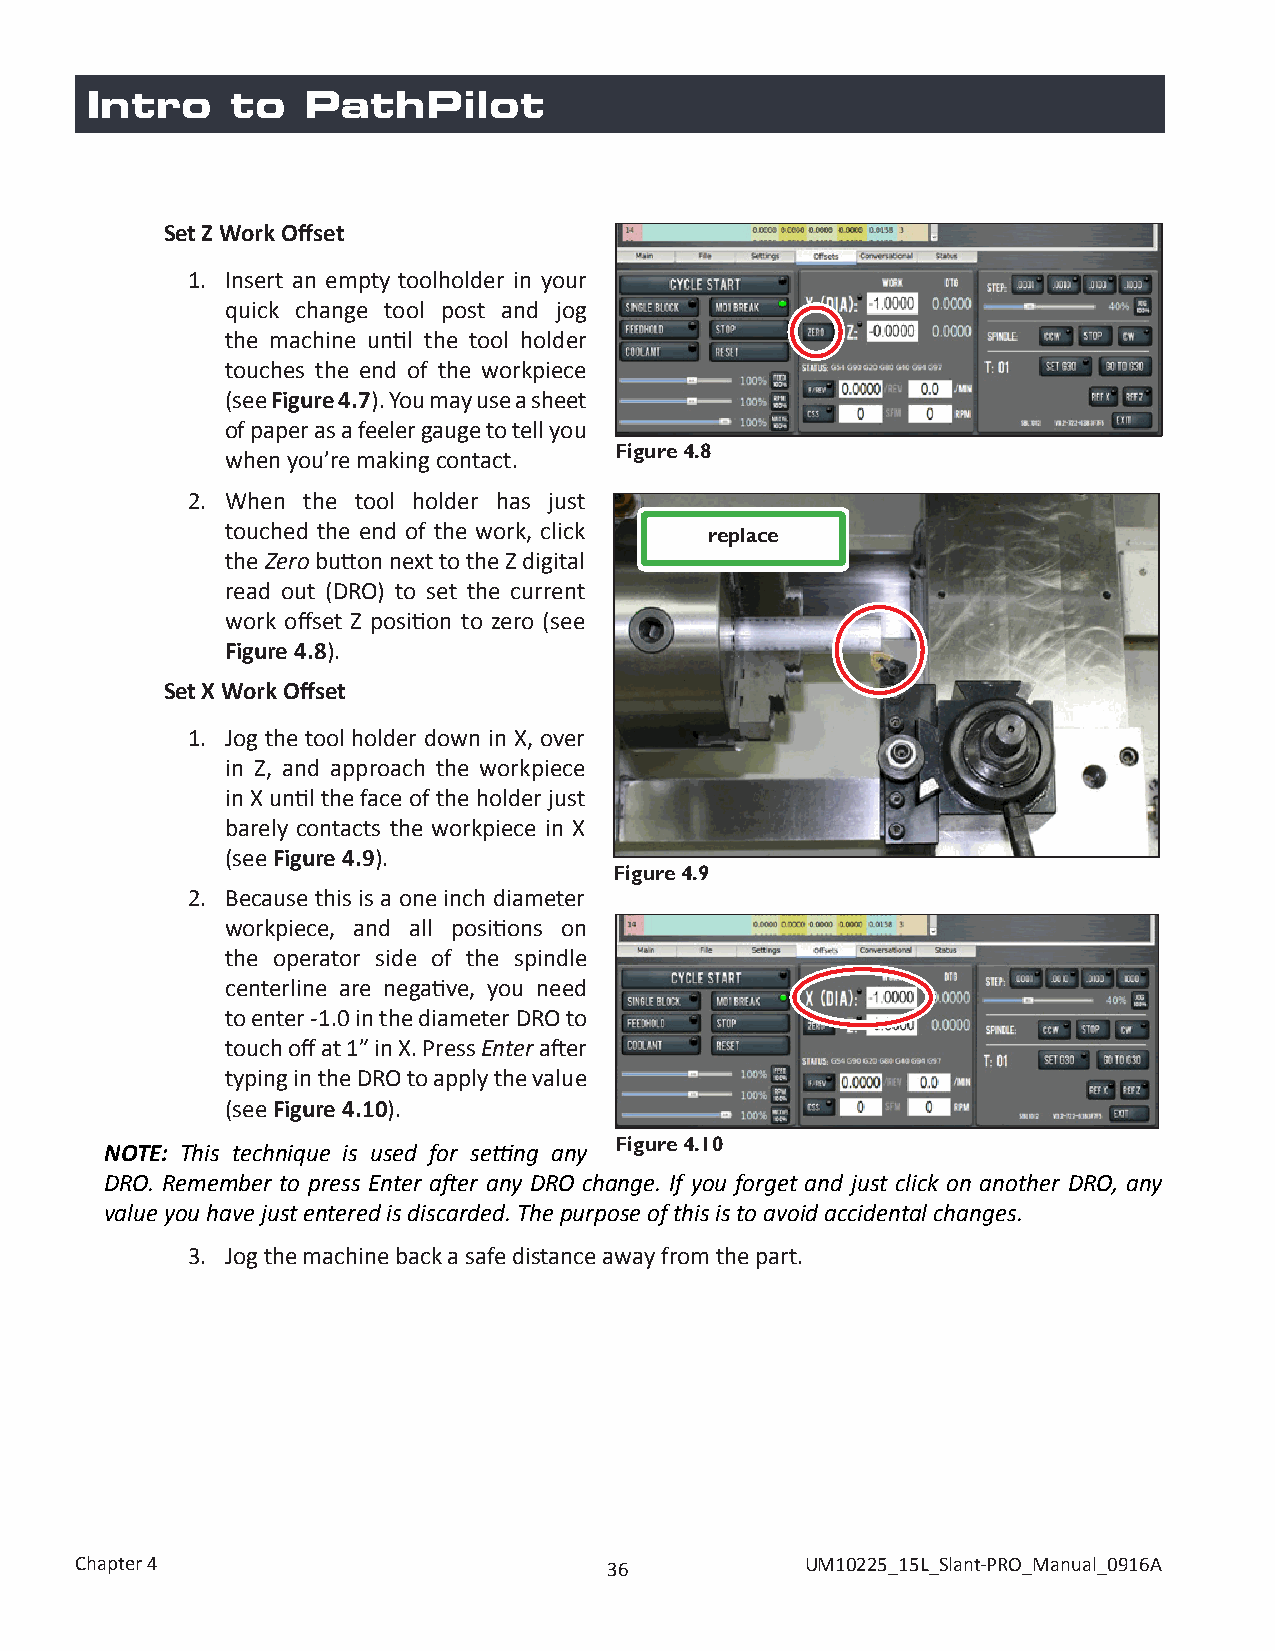
Intro    to   PathPilot
 Set Z Work Offset
 1. Insert an empty toolholder in your
 quick change tool post and jog
 the machine until the tool holder
 touches the end of the workpiece
 (see Figure 4.7). You may use a sheet
 of paper as a feeler gauge to tell you
 Figure 4.8
 when you’re making contact.
 2. When the tool holder has just
 touched the end of the work, click replace
 the Zero button next to the Z digital
 read out (DRO) to set the current
 work offset Z position to zero (see
 Figure 4.8).
 Set X Work Offset
 1. Jog the tool holder down in X, over
 in Z, and approach the workpiece
 in X until the face of the holder just
 barely contacts the workpiece in X
 (see Figure 4.9).
 Figure 4.9
 2. Because this is a one inch diameter
 workpiece, and all positions on
 the operator side of the spindle
 centerline are negative, you need
 to enter -1.0 in the diameter DRO to
 touch off at 1” in X. Press Enter after
 typing in the DRO to apply the value
 (see Figure 4.10).
 Figure 4.10
 NOTE: This technique is used for setting any
 DRO. Remember to press Enter after any DRO change. If you forget and just click on another DRO, any
 value you have just entered is discarded. The purpose of this is to avoid accidental changes.
 3. Jog the machine back a safe distance away from the part.
 Chapter 4                          36           UM10225_15L_Slant-PRO_Manual_0916A